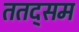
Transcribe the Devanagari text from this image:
ततद्सम